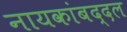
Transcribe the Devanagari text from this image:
नायकांबद्दल